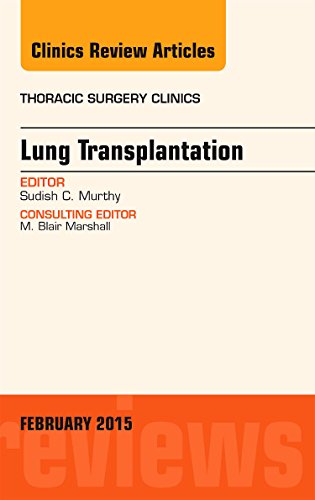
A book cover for Lung Transplantation, An Issue of Thoracic Surgery Clinics, 1e (The Clinics: Surgery); Sudish Murthy MD  PhD; Medical Books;